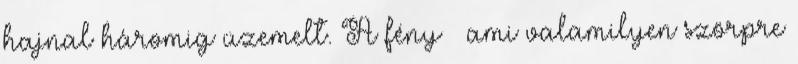
hajnal háromig üzemelt. A fény – ami valamilyen szörpre